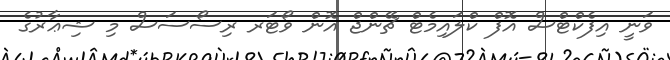
ވަނީ އިފެކްޓްސް އޮފް ކްލައިމެޓް ޗޭންޖް އޮން ވޯޓަރ ރިސޯސަސް މި ޝިޢާރުގެ